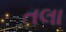
તલા